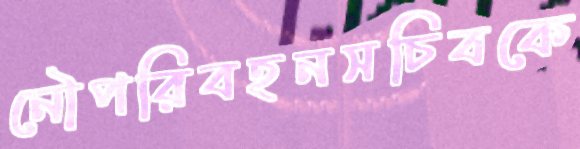
নৌপরিবহনসচিবকে